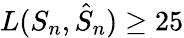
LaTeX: L(S_{n},\hat{S}_{n})\ge 25